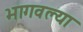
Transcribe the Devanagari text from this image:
भागवल्या